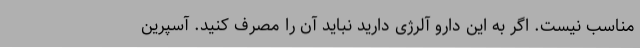
مناسب نیست. اگر به این دارو آلرژی دارید نباید آن را مصرف کنید. آسپرین